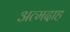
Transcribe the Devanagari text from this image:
अत्मदाह